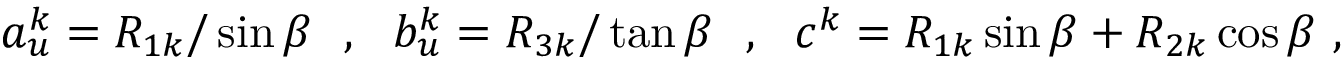
a _ { u } ^ { k } = R _ { 1 k } / \sin \beta ~ ~ , ~ ~ b _ { u } ^ { k } = R _ { 3 k } / \tan \beta ~ ~ , ~ ~ c ^ { k } = R _ { 1 k } \sin \beta + R _ { 2 k } \cos \beta ~ ,